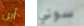
أين سوني